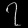
Digit: ၇